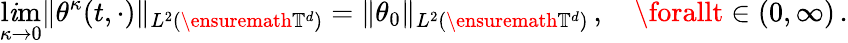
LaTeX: \operatorname*{l\mathit{i}m}_{\kappa\to0}\| \theta^{\kappa}(t,\cdot)\| _{L^{2}(\ensuremath{{\mathbb{{T}}}}^{d})}=\| \theta_{0}\| _{L^{2}(\ensuremath{{\mathbb{{T}}}}^{d})}\, ,\quad\forallt\in(0,\infty)\, .